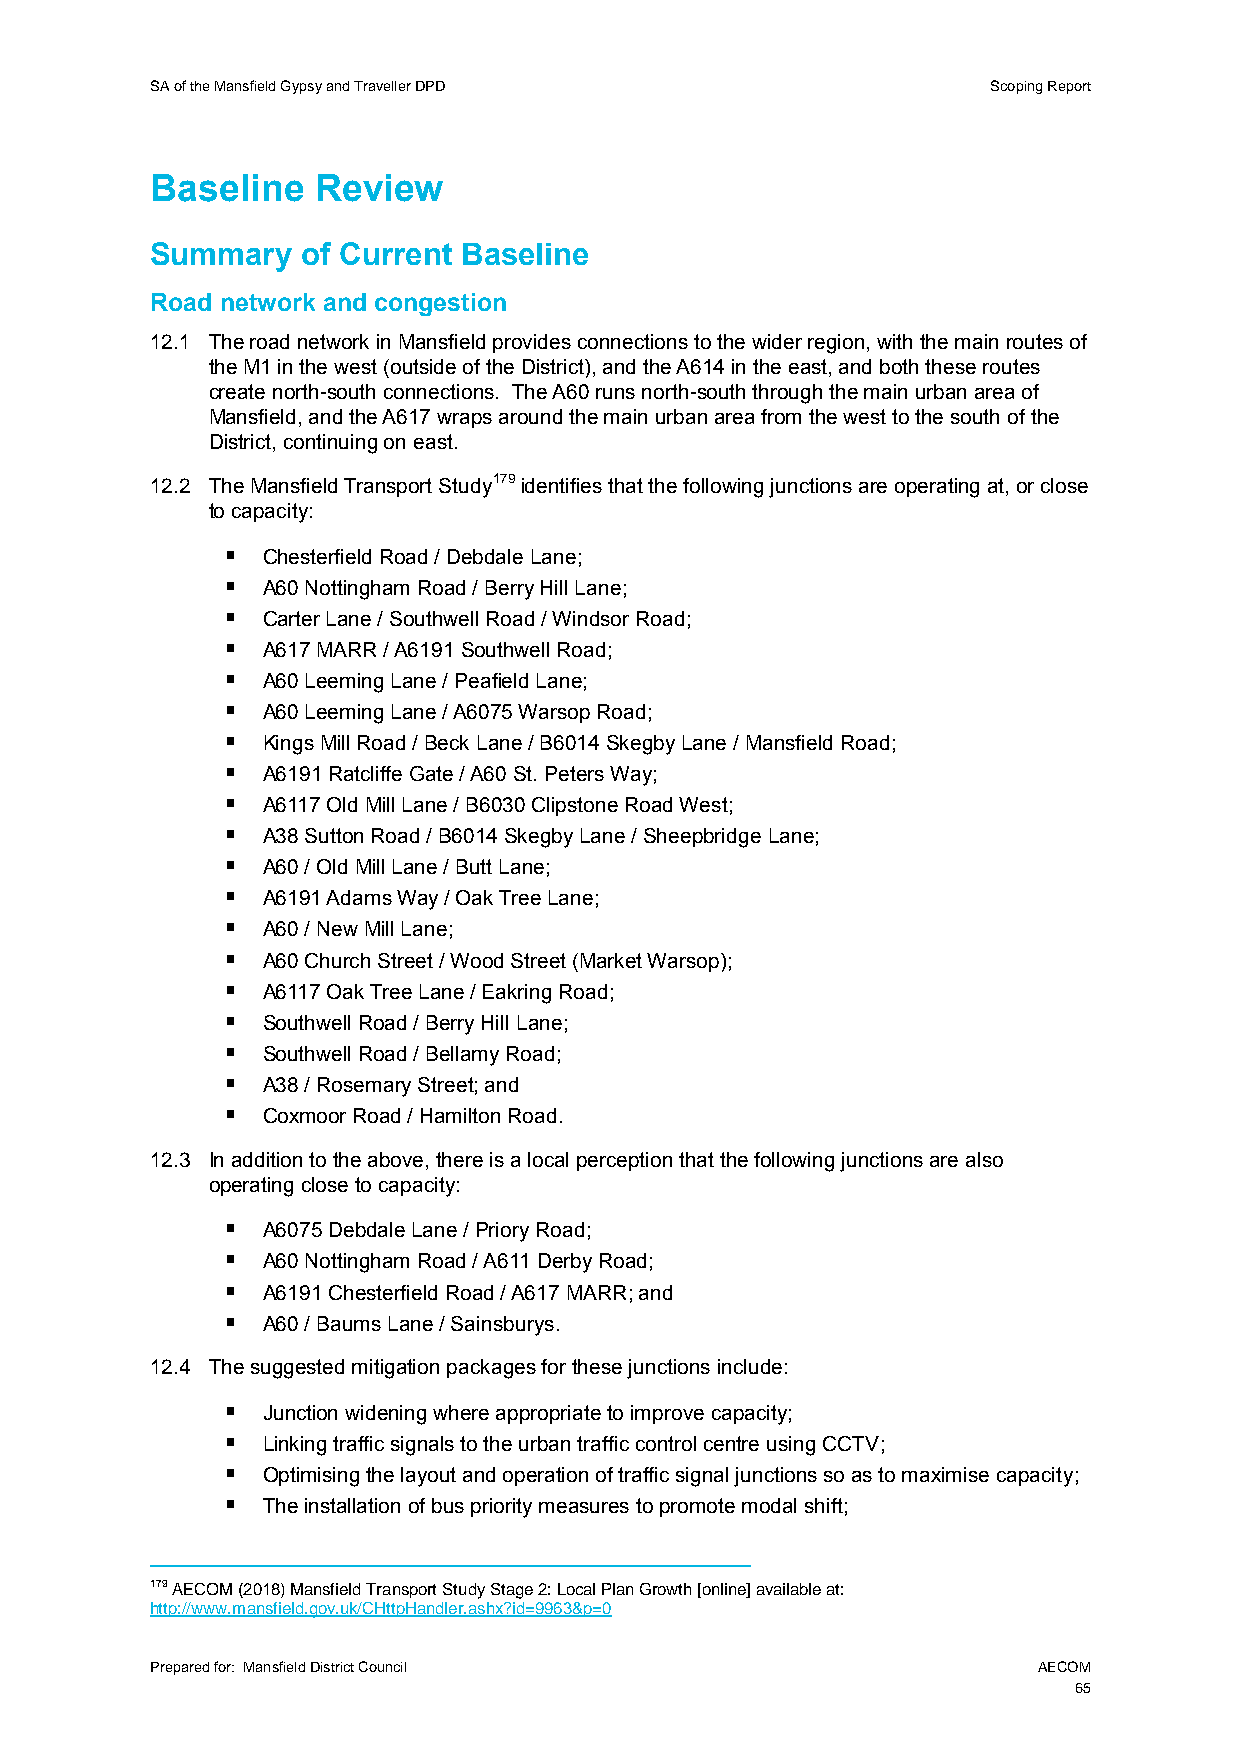
SA of the Mansfield Gypsy and Traveller DPD             Scoping Report
 Baseline   Review
 Summary   of Current Baseline
 Road network and congestion
 12.1 The road network in Mansfield provides connections to the wider region, with the main routes of
 the M1 in the west (outside of the District), and the A614 in the east, and both these routes
 create north-south connections. The A60 runs north-south through the main urban area of
 Mansfield, and the A617 wraps around the main urban area from the west to the south of the
 District, continuing on east.
 12.2 The Mansfield Transport Study179 identifies that the following junctions are operating at, or close
 to capacity:
  Chesterfield Road / Debdale Lane;
  A60 Nottingham Road / Berry Hill Lane;
  Carter Lane / Southwell Road / Windsor Road;
  A617 MARR / A6191 Southwell Road;
  A60 Leeming Lane / Peafield Lane;
  A60 Leeming Lane / A6075 Warsop Road;
  Kings Mill Road / Beck Lane / B6014 Skegby Lane / Mansfield Road;
  A6191 Ratcliffe Gate / A60 St. Peters Way;
  A6117 Old Mill Lane / B6030 Clipstone Road West;
  A38 Sutton Road / B6014 Skegby Lane / Sheepbridge Lane;
  A60 / Old Mill Lane / Butt Lane;
  A6191 Adams Way / Oak Tree Lane;
  A60 / New Mill Lane;
  A60 Church Street / Wood Street (Market Warsop);
  A6117 Oak Tree Lane / Eakring Road;
  Southwell Road / Berry Hill Lane;
  Southwell Road / Bellamy Road;
  A38 / Rosemary Street; and
  Coxmoor Road / Hamilton Road.
 12.3 In addition to the above, there is a local perception that the following junctions are also
 operating close to capacity:
  A6075 Debdale Lane / Priory Road;
  A60 Nottingham Road / A611 Derby Road;
  A6191 Chesterfield Road / A617 MARR; and
  A60 / Baums Lane / Sainsburys.
 12.4 The suggested mitigation packages for these junctions include:
  Junction widening where appropriate to improve capacity;
  Linking traffic signals to the urban traffic control centre using CCTV;
  Optimising the layout and operation of traffic signal junctions so as to maximise capacity;
  The installation of bus priority measures to promote modal shift;
 179 AECOM (2018) Mansfield Transport Study Stage 2: Local Plan Growth [online] available at:
 http://www.mansfield.gov.uk/CHttpHandler.ashx?id=9963&p=0
 Prepared for: Mansfield District Council                   AECOM
 65